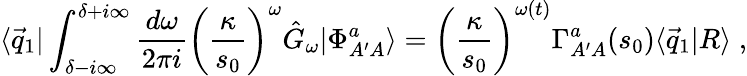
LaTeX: \langle\vec{q}_{1}|\int_{\delta-i\infty}^{\delta+i\infty}\frac{d\omega}{2\pi i}\left(\frac{\kappa}{s_{0}}\right)^{\omega}\hat{G}_{\omega}|\Phi_{A^{\prime}A}^{a}\rangle=\left(\frac{\kappa}{s_{0}}\right)^{\omega(t)}\Gamma_{A^{\prime}A}^{a}(s_{0})\langle\vec{q}_{1}|R\rangle\; ,